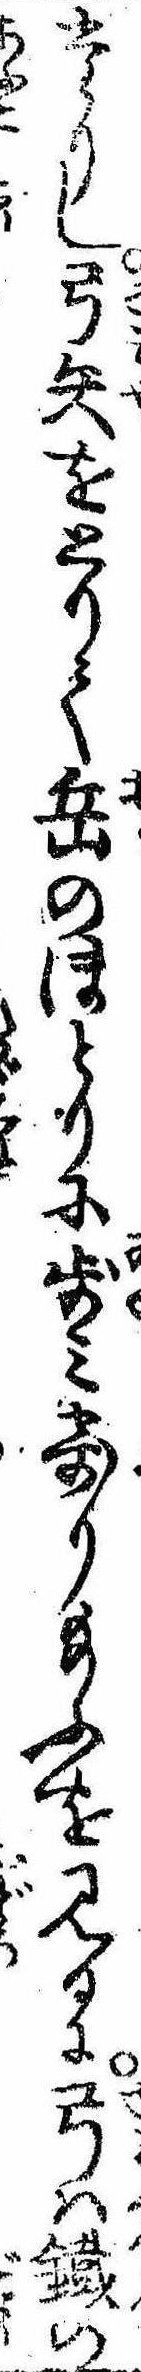
たりし弓矢をとりて岳のほとりに歩み寄り給ふを見るに弓は鉄の